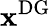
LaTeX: \mathbf{x}^{\mathrm{{DG}}}